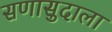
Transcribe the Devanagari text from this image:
सणासुदाला